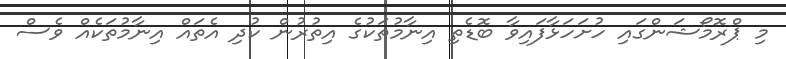
މި ޕްރޮމޯޝަންގައި ހުށަހަޅާފައިވާ ބޮޑެތި އިނާމުތަކުގެ އިތުރުން ކުދި އެތައް އިނާމުތަކެއް ވެސް